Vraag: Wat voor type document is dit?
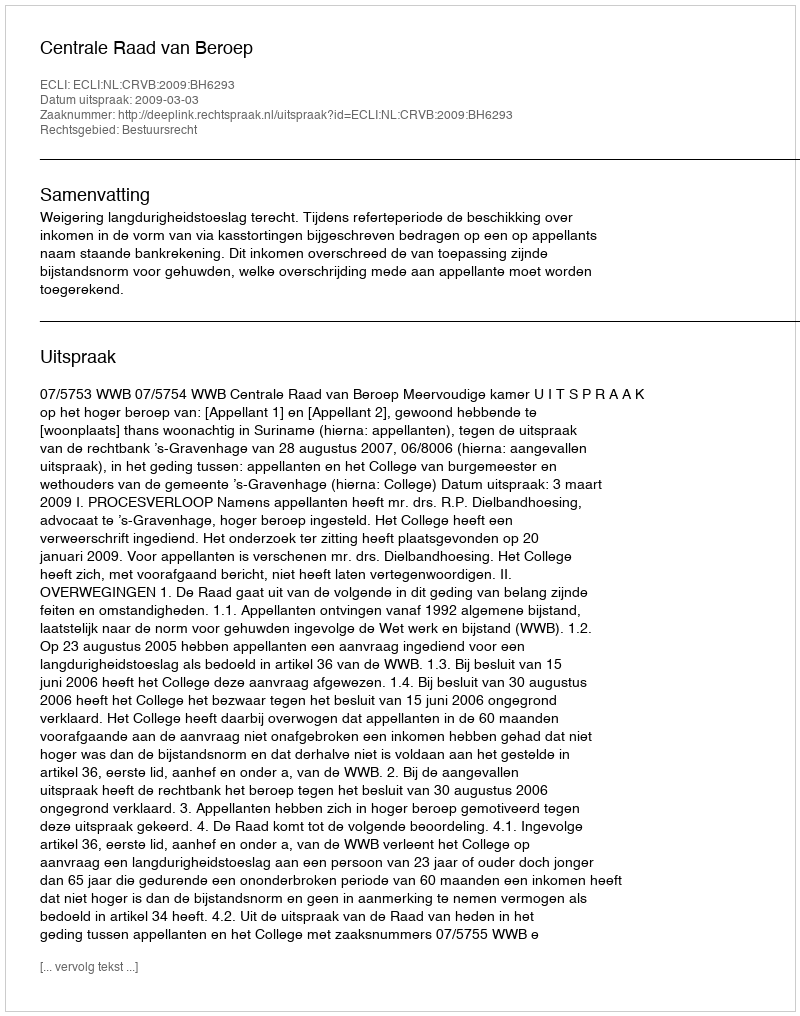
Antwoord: Uitspraak